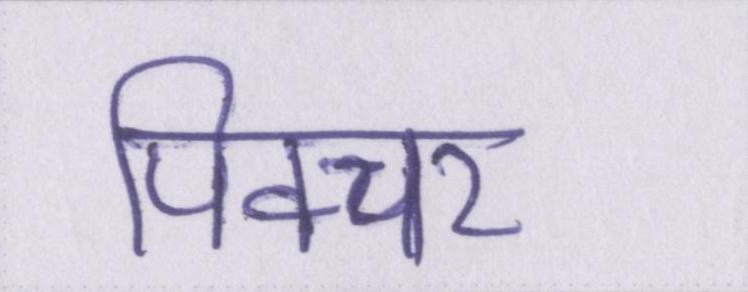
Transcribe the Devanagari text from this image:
पिक्चर